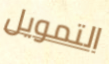
التمويل